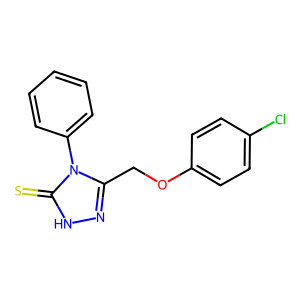
SMILES: S=c1[nH]nc(COc2ccc(Cl)cc2)n1-c1ccccc1
Inhibits HIV replication: No